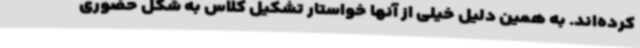
کرده‌اند. به همین دلیل خیلی از آنها خواستار تشکیل کلاس به شکل حضوری